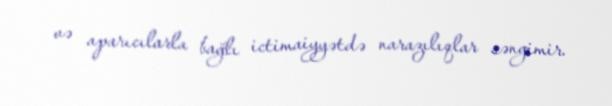
və aparıcılarla bağlı ictimaiyyətdə narazılıqlar səngimir.